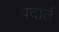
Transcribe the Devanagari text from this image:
पदार्त